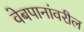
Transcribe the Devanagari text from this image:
वेबपानांवरील